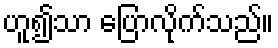
ဟူ၍သာ ပြောလိုက်သည်။